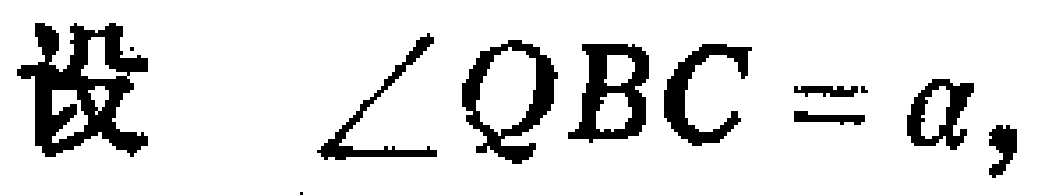
设 $\angle QBC = a,$